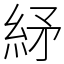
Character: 䋒